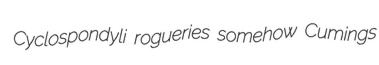
Cyclospondyli rogueries somehow Cumings